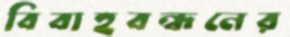
বিবাহবন্ধনের